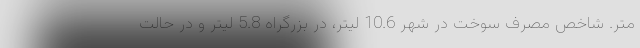
متر. شاخص مصرف سوخت در شهر 10.6 لیتر، در بزرگراه 5.8 لیتر و در حالت